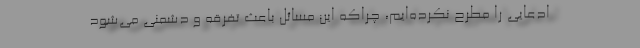
ادعایی را مطرح نکرده‌ایم، چراکه این مسائل باعث تفرقه و دشمنی می‌شود